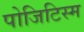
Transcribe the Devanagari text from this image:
पोजिटिस्म